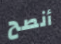
أنصح